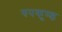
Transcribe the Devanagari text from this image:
रुपकुण्ड